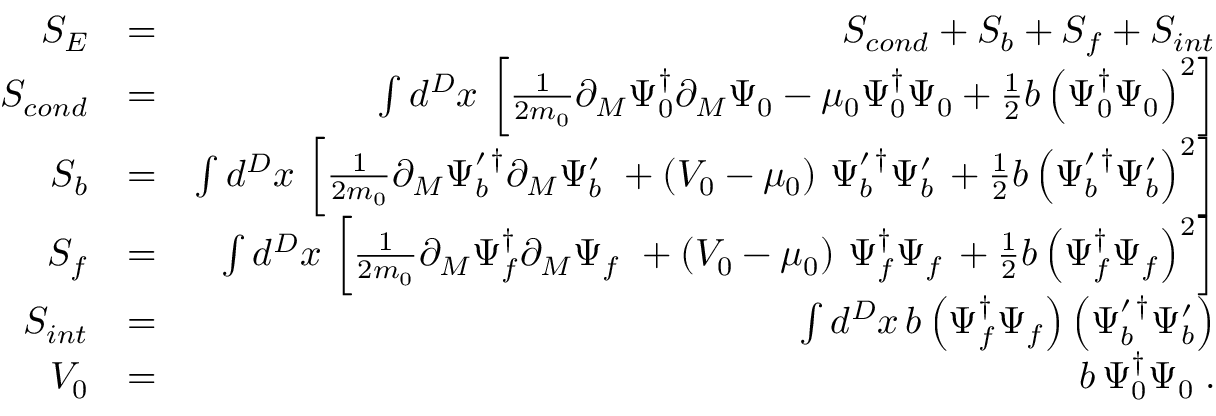
\begin{array} { r l r } { S _ { E } } & { = } & { S _ { c o n d } + S _ { b } + S _ { f } + S _ { i n t } } \\ { S _ { c o n d } } & { = } & { \int d ^ { D } x \, \left[ \frac { 1 } { 2 m _ { 0 } } \partial _ { M } \Psi _ { 0 } ^ { \dagger } \partial _ { M } \Psi _ { 0 } - \mu _ { 0 } \Psi _ { 0 } ^ { \dagger } \Psi _ { 0 } + \frac { 1 } { 2 } b \left( \Psi _ { 0 } ^ { \dagger } \Psi _ { 0 } \right) ^ { 2 } \right] } \\ { S _ { b } } & { = } & { \int d ^ { D } x \, \left[ \frac { 1 } { 2 m _ { 0 } } \partial _ { M } \Psi _ { b } ^ { \prime \, \dagger } \partial _ { M } \Psi _ { b } ^ { \prime } \, \, + \left( V _ { 0 } - \mu _ { 0 } \right) \, \Psi _ { b } ^ { \prime \, \dagger } \Psi _ { b } ^ { \prime } \, + \frac { 1 } { 2 } b \left( \Psi _ { b } ^ { \prime \, \dagger } \Psi _ { b } ^ { \prime } \right) ^ { 2 } \right] } \\ { S _ { f } } & { = } & { \int d ^ { D } x \, \left[ \frac { 1 } { 2 m _ { 0 } } \partial _ { M } \Psi _ { f } ^ { \dagger } \partial _ { M } \Psi _ { f } \, \, + \left( V _ { 0 } - \mu _ { 0 } \right) \, \Psi _ { f } ^ { \dagger } \Psi _ { f } \, + \frac { 1 } { 2 } b \left( \Psi _ { f } ^ { \dagger } \Psi _ { f } \right) ^ { 2 } \right] } \\ { S _ { i n t } } & { = } & { \int d ^ { D } x \, b \left( \Psi _ { f } ^ { \dagger } \Psi _ { f } \right) \left( \Psi _ { b } ^ { \prime \, \dagger } \Psi _ { b } ^ { \prime } \right) } \\ { V _ { 0 } } & { = } & { b \, \Psi _ { 0 } ^ { \dagger } \Psi _ { 0 } \; . } \end{array}